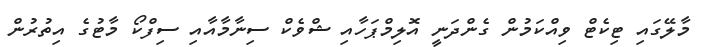
މާލޭގައި ޓިކެޓް ވިއްކަމުން ގެންދަނީ އޮލިމްޕަހާއި ޝްވެކް ސިނާމާއާއި ސިފްކޯ މާޓުގެ އިތުރުން